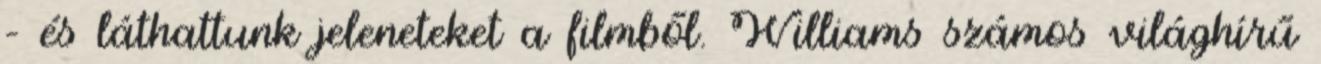
– és láthattunk jeleneteket a filmből. Williams számos világhírű